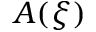
A ( \xi )